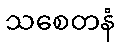
သစေတနံ